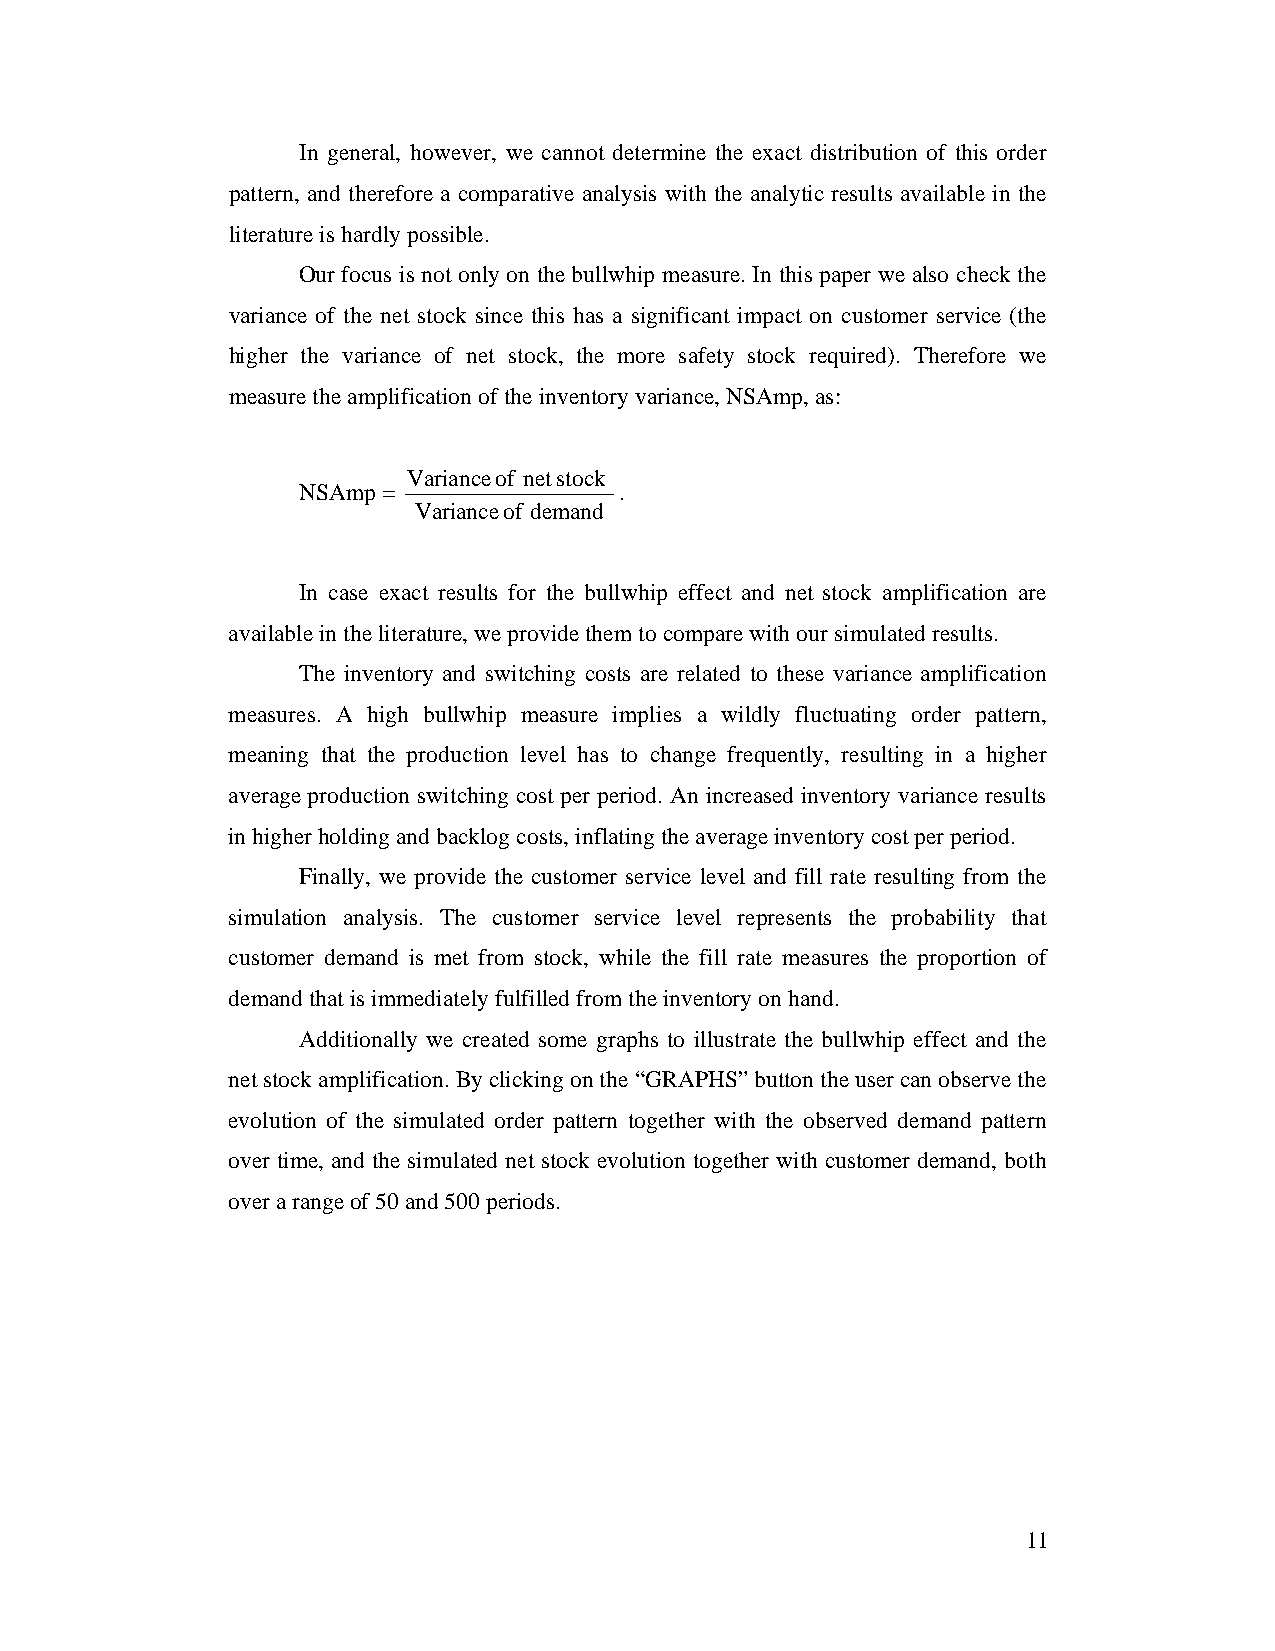
In general, however, we cannot determine the exact distribution of this order
 pattern, and therefore a comparative analysis with the analytic results available in the
 literature is hardly possible.
 Our focus is not only on the bullwhip measure. In this paper we also check the
 variance of the net stock since this has a significant impact on customer service (the
 higher the variance of net stock, the more safety stock required). Therefore we
 measure the amplification of the inventory variance, NSAmp, as:
 Variance of net stock
 NSAmp =              .
 Variance of demand
 In case exact results for the bullwhip effect and net stock amplification are
 available in the literature, we provide them to compare with our simulated results.
 The inventory and switching costs are related to these variance amplification
 measures. A high bullwhip measure implies a wildly fluctuating order pattern,
 meaning that the production level has to change frequently, resulting in a higher
 average production switching cost per period. An increased inventory variance results
 in higher holding and backlog costs, inflating the average inventory cost per period.
 Finally, we provide the customer service level and fill rate resulting from the
 simulation analysis. The customer service level represents the probability that
 customer demand is met from stock, while the fill rate measures the proportion of
 demand that is immediately fulfilled from the inventory on hand.
 Additionally we created some graphs to illustrate the bullwhip effect and the
 net stock amplification. By clicking on the “GRAPHS” button the user can observe the
 evolution of the simulated order pattern together with the observed demand pattern
 over time, and the simulated net stock evolution together with customer demand, both
 over a range of 50 and 500 periods.
 11